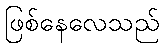
ဖြစ်နေလေသည်